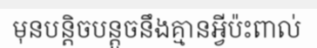
មុនបន្តិចបន្តួចនឹងគ្មានអ្វីប៉ះពាល់